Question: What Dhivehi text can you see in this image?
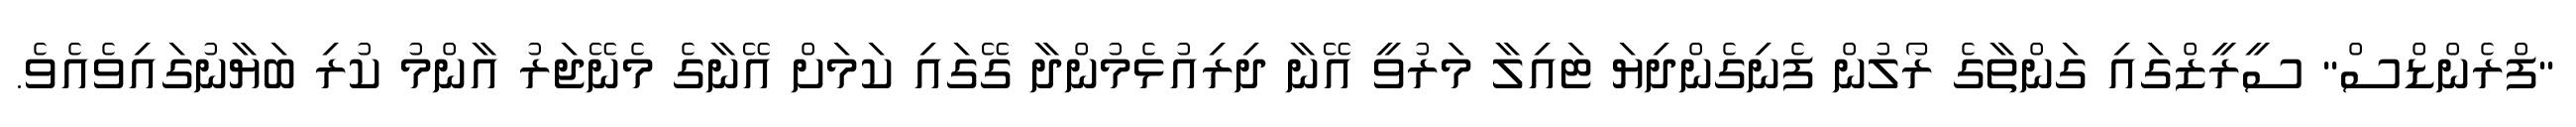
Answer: "ފްރެންޑްސް" ސީރީޒްގައި ގަންތާގެ ރޯލުން ފެނިގެންދިޔަ ޓައިލާ މަރުވީ އޭނާ ދިރިއުޅެމުންދާ ގޭގައި ކަމަށް އޭނާގެ މެނޭޖަރު އާންމު ކުރި ބަޔާނުގައިވެއެވެ.